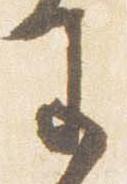
王